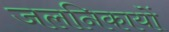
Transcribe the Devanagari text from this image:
जलनिकायों